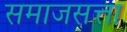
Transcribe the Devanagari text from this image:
समाजसत्ता